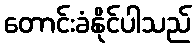
တောင်းခံနိုင်ပါသည်